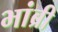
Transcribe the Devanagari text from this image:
भांब्री